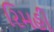
રિમહી